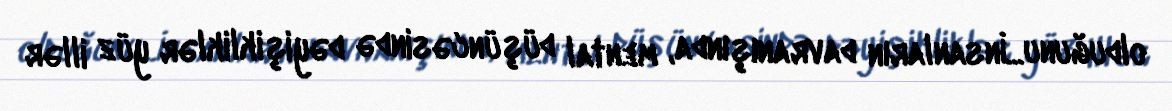
olduğunu...İnsanların davranışında, mental düşüncəsində dəyişikliklər yüz illər